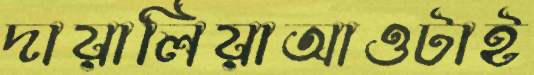
দায়ালিয়াআওটাই